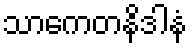
သာကေတနိဒါနံ